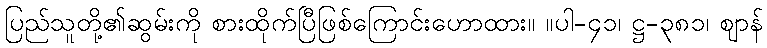
ပြည်သူတို့၏ဆွမ်းကို စားထိုက်ပြီဖြစ်ကြောင်းဟောထား။ ။ပါ-၄၁၊ ဋ္ဌ-၃၈၁၊ ဈာန်